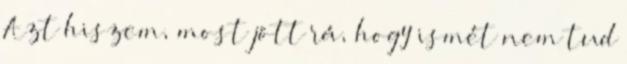
Azt hiszem, most jött rá, hogy ismét nem tud